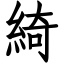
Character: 綺